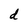
Character: d